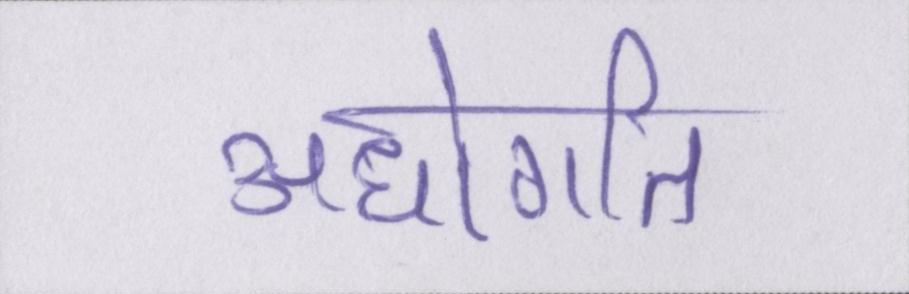
अधोगति